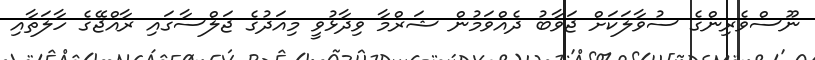
ނޫސްވެރިންގެ ސުވާލަކަށް ޖަވާބު ދެއްވަމުން ޝަރްމާ ވިދާޅުވީ މިއަދުގެ ޖަލްސާގައި ރާއްޖޭގެ ހާލަތާއި